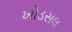
ખોડસલ